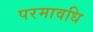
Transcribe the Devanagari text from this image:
परमावधि